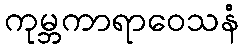
ကုမ္ဘကာရာဝေသနံ